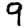
Digit: 9